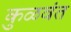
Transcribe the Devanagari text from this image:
कुळवंत